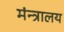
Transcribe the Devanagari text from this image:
मंन्त्रालय